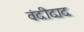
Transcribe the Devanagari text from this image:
वंदीदाद